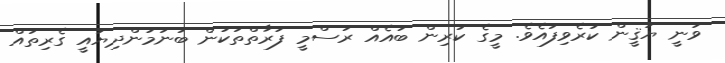
ވަނީ ޔަޤީން ކުރެވިފައެވެ. މީގެ ކުރިން ބައެއް ރަސްމީ ފަރާތްތަކުން ބުނަމުންދިޔައީ ގެރިތައް